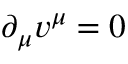
\partial _ { \mu } v ^ { \mu } = 0